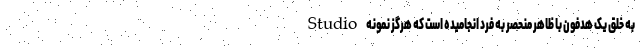
Studio به خلق یک هدفون با ظاهر منحصر به فرد انجامیده است که هرگز نمونه